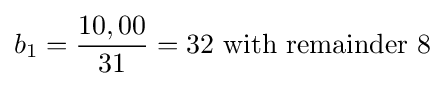
b_{1}={\frac {10,00}{31}}=32{\mbox{ with remainder }}8